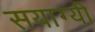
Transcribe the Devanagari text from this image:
सयाग्यी